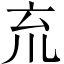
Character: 㐬